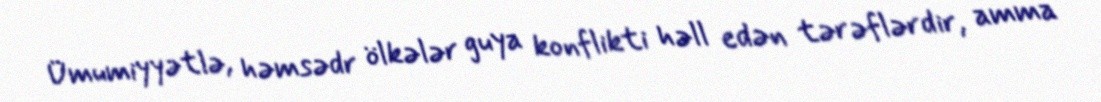
Ümumiyyətlə, həmsədr ölkələr guya konflikti həll edən tərəflərdir, amma